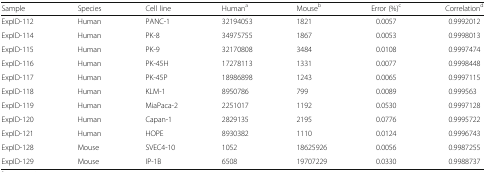
<table><thead><tr><td><b>Sample</b></td><td><b>Species</b></td><td><b>Cell line</b></td><td><b>Human<sup>a</sup></b></td><td><b>Mouse<sup>b</sup></b></td><td><b>Error (%)<sup>c</sup></b></td><td><b>Correlation<sup>d</sup></b></td></tr></thead><tbody><tr><td>ExpID-112</td><td>Human</td><td>PANC-1</td><td>32194053</td><td>1821</td><td>0.0057</td><td>0.9992012</td></tr><tr><td>ExpID-114</td><td>Human</td><td>PK-8</td><td>34975755</td><td>1867</td><td>0.0053</td><td>0.9998013</td></tr><tr><td>ExpID-115</td><td>Human</td><td>PK-9</td><td>32170808</td><td>3484</td><td>0.0108</td><td>0.9997474</td></tr><tr><td>ExpID-116</td><td>Human</td><td>PK-45H</td><td>17278113</td><td>1331</td><td>0.0077</td><td>0.9998448</td></tr><tr><td>ExpID-117</td><td>Human</td><td>PK-45P</td><td>18986898</td><td>1243</td><td>0.0065</td><td>0.9997115</td></tr><tr><td>ExpID-118</td><td>Human</td><td>KLM-1</td><td>8950786</td><td>799</td><td>0.0089</td><td>0.999563</td></tr><tr><td>ExpID-119</td><td>Human</td><td>MiaPaca-2</td><td>2251017</td><td>1192</td><td>0.0530</td><td>0.9997128</td></tr><tr><td>ExpID-120</td><td>Human</td><td>Capan-1</td><td>2829135</td><td>2195</td><td>0.0776</td><td>0.9995722</td></tr><tr><td>ExpID-121</td><td>Human</td><td>HOPE</td><td>8930382</td><td>1110</td><td>0.0124</td><td>0.9996743</td></tr><tr><td>ExpID-128</td><td>Mouse</td><td>SVEC4-10</td><td>1052</td><td>18625926</td><td>0.0056</td><td>0.9987255</td></tr><tr><td>ExpID-129</td><td>Mouse</td><td>IP-1B</td><td>6508</td><td>19707229</td><td>0.0330</td><td>0.9988737</td></tr></tbody></table>